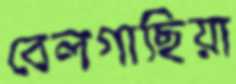
বেলগাছিয়া